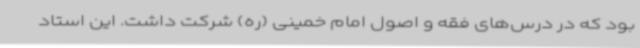
بود که در درس‌های فقه و اصول امام خمینی (ره) شرکت داشت. این استاد